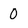
Character: 0